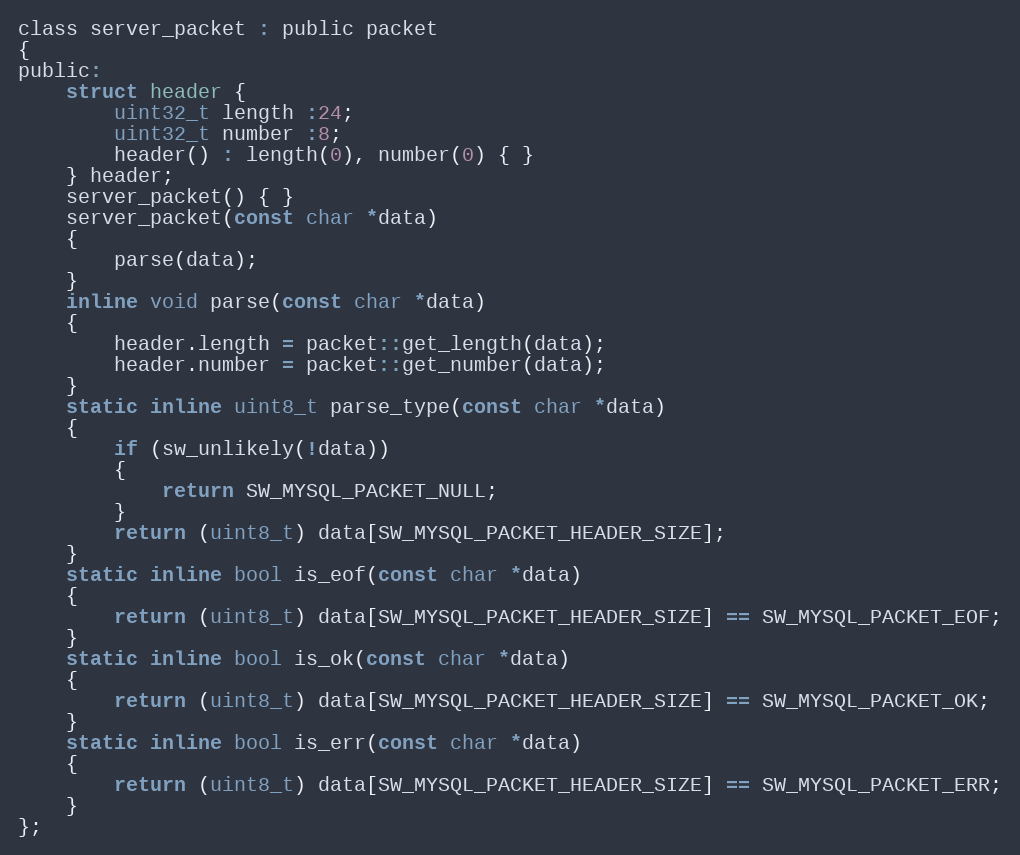
Language: C
class server_packet : public packet
{
public:
    struct header {
        uint32_t length :24;
        uint32_t number :8;
        header() : length(0), number(0) { }
    } header;
    server_packet() { }
    server_packet(const char *data)
    {
        parse(data);
    }
    inline void parse(const char *data)
    {
        header.length = packet::get_length(data);
        header.number = packet::get_number(data);
    }
    static inline uint8_t parse_type(const char *data)
    {
        if (sw_unlikely(!data))
        {
            return SW_MYSQL_PACKET_NULL;
        }
        return (uint8_t) data[SW_MYSQL_PACKET_HEADER_SIZE];
    }
    static inline bool is_eof(const char *data)
    {
        return (uint8_t) data[SW_MYSQL_PACKET_HEADER_SIZE] == SW_MYSQL_PACKET_EOF;
    }
    static inline bool is_ok(const char *data)
    {
        return (uint8_t) data[SW_MYSQL_PACKET_HEADER_SIZE] == SW_MYSQL_PACKET_OK;
    }
    static inline bool is_err(const char *data)
    {
        return (uint8_t) data[SW_MYSQL_PACKET_HEADER_SIZE] == SW_MYSQL_PACKET_ERR;
    }
};